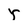
Character: Y